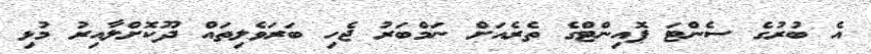
އެ ބުރުގެ ސެންޓަ ޕޮއިންޓްގެ ތެރެއަށް ނަމްބަރު ޖެހި ބަރަވެލިތައް ދޫކޮށްލާއިރު މުޅި